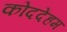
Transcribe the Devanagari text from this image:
कोददेंहम